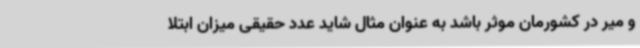
و میر در کشورمان موثر باشد به عنوان مثال شاید عدد حقیقی میزان ابتلا